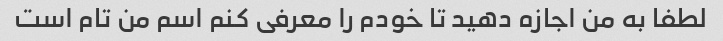
لطفا به من اجازه دهید تا خودم را معرفی کنم اسم من تام است